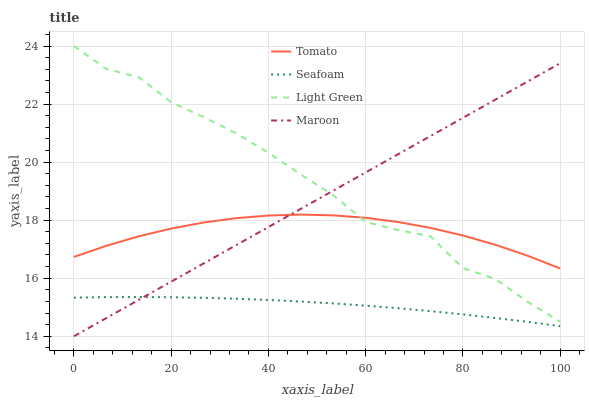
| xaxis_label | Tomato | Seafoam | Light Green | Maroon |
 | --- | --- | --- | --- | --- |
 | 0 | 16.7 | 15.3 | 24 | 14 |
 | 6.67 | 17.1 | 15.3 | 23.2 | 14.6 |
 | 13.3 | 17.4 | 15.4 | 22.9 | 15.3 |
 | 20 | 17.7 | 15.3 | 22.1 | 15.9 |
 | 26.7 | 17.9 | 15.3 | 21.6 | 16.5 |
 | 33.3 | 18.1 | 15.3 | 21 | 17.1 |
 | 40 | 18.2 | 15.3 | 20.3 | 17.8 |
 | 46.7 | 18.2 | 15.2 | 19.6 | 18.4 |
 | 53.3 | 18.2 | 15.1 | 18.9 | 19 |
 | 60 | 18.1 | 15.1 | 17.9 | 19.6 |
 | 66.7 | 17.9 | 15 | 17.7 | 20.3 |
 | 73.3 | 17.7 | 14.9 | 17.4 | 20.9 |
 | 80 | 17.5 | 14.8 | 16.3 | 21.5 |
 | 86.7 | 17.2 | 14.6 | 16 | 22.2 |
 | 93.3 | 16.8 | 14.5 | 15.2 | 22.8 |
 | 100 | 16.3 | 14.3 | 14.5 | 23.4 |